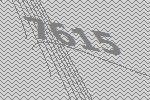
7615